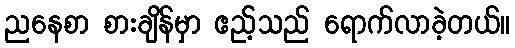
ညနေစာ စားချိန်မှာ ဧည့်သည် ရောက်လာခဲ့တယ်။